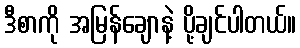
ဒီစာကို အမြန်ချောနဲ့ ပို့ချင်ပါတယ်။